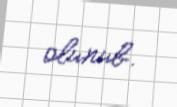
olunub.